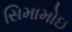
સિમામોઇ